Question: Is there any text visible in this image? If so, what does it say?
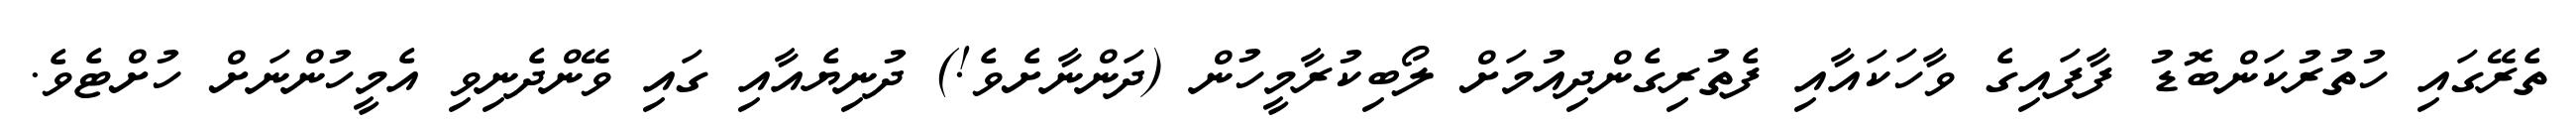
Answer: ތެރޭގައި ހުތުރުކަންބޮޑު ފާފައިގެ ވާހަކައާއި ފެތުރިގެންދިއުމަށް ލޯބިކުރާމީހުން (ދަންނާށެވެ!) ދުނިޔެއާއި ގައި ވޭންދެނިވި އެމީހުންނަށް ހުށްޓެވެ.